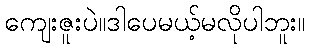
ကျေးဇူးပဲ။ဒါပေမယ့်မလိုပါဘူး။